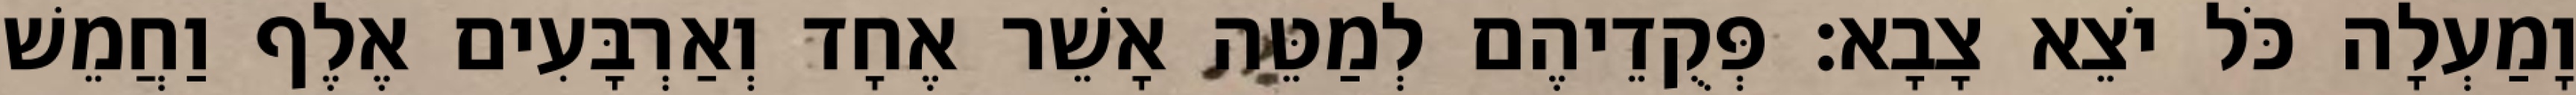
וָמַעְלָה כֹּל יֹצֵא צָבָא׃ פְּקֻדֵיהֶם לְמַטֵּה אָשֵׁר אֶחָד וְאַרְבָּעִים אֶלֶף וַחֲמֵשׁ